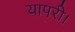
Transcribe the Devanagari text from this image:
यापरी।